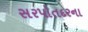
સરપોતદરના